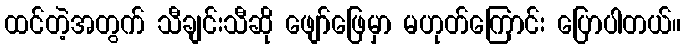
ထင်တဲ့အတွက် သီချင်းသီဆို ဖျော်ဖြေမှာ မဟုတ်ကြောင်း ပြောပါတယ်။